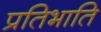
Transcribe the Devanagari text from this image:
प्रतिभाति